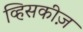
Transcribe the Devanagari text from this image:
व्हिसकीज़